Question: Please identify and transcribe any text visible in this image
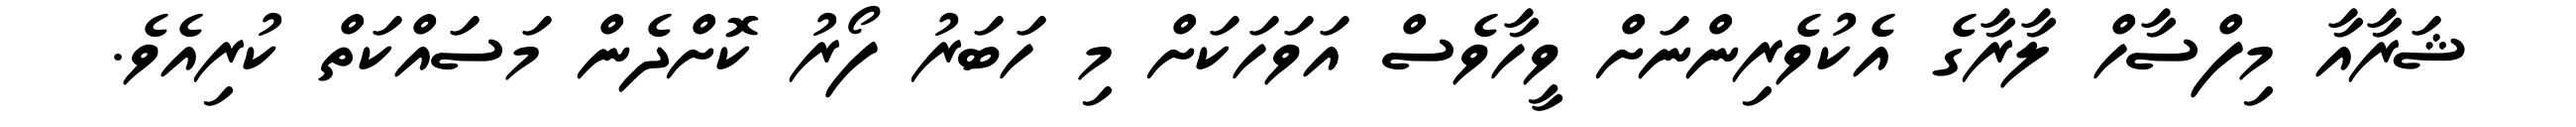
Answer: ޝަރާއާ މިފްސާހް ލާރާގެ އެކުވެރިންނަށް ވީހާވެސް އަވަހަކަށް މި ހަބަރު ފޯރު ކޮށްދެން މަސައްކަތް ކުރިއެވެ.